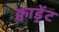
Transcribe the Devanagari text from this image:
क्वाड्रेंट